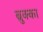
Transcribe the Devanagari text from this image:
ब्रुक्का